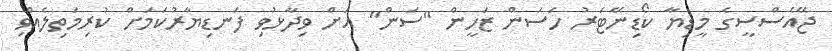
ޖޭއެސްސީގެ މީޑިޔާ ކޯޑިނޭޓަރު ހަސަން ޒަހީން "ސަން" އަށް ވިދާޅުވި ފަނޑިޔާރުކަމަށް ކުރިމަތިލެއްވި